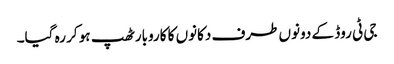
جی ٹی روڈ کے دونوں طرف دکانوں کا کاروبار ٹھپ ہو کر رہ گیا۔